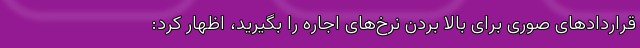
قراردادهای صوری برای بالا بردن نرخ‌های اجاره را بگیرید، اظهار کرد: